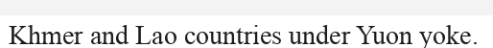
Khmer and Lao countries under Yuon yoke.